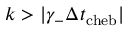
k > \vert \gamma _ { - } \Delta t _ { \mathrm { c h e b } } \vert